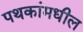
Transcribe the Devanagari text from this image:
पथकांमधील